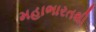
મહાભારતથી